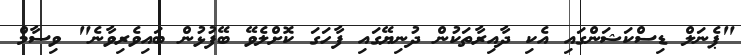
"ޕެނަލް ޑިސްކަޝަންގައި އެކި ދާއިރާތަކުން ދުނިޔޭގައި ފާހަގަ ކޮށްލެވޭ ބޭފުޅުން ބައިވެރިވާނެ" ވިސާމް